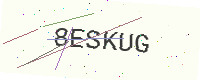
Text: 8ESKUG